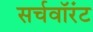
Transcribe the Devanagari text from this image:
सर्चवॉरंट